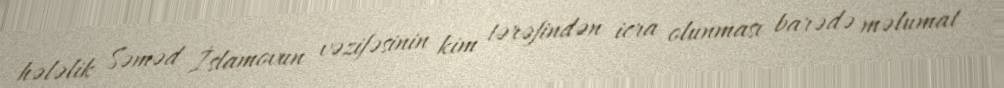
hələlik Səməd İslamovun vəzifəsinin kim tərəfindən icra olunması barədə məlumat